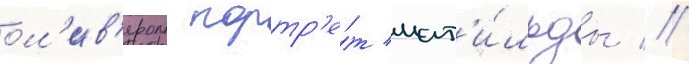
ол'ив'ером портр'е́т мат'и́льды //